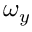
\omega _ { y }